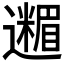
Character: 𮟟